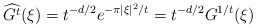
LaTeX: \begin{align*} \widehat{G^t}(\xi) = t^{-d/2} e^{-\pi |\xi|^2/t} = t^{-d/2} G^{1/t}(\xi)\end{align*}